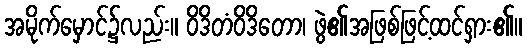
အမိုက်မှောင်၌လည်း။ ဝိဒိတံဝိဒိတော၊ ဖွဲ၏အဖြစ်ဖြင့်ထင်ရှား၏။